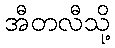
အီတလီသို့